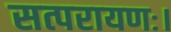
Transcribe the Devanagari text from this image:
सत्परायणः।